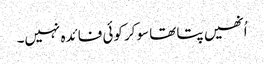
اُنھیں پتا تھا سوکر کوئی فائدہ نہیں۔